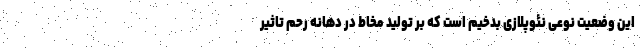
این وضعیت نوعی نئوپلازی بدخیم است که بر تولید مخاط در دهانه رحم تاثیر